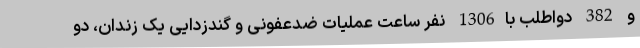
و 382 دواطلب با1306 نفر ساعت عملیات ضدعفونی و گندزدایی یک زندان، دو